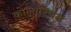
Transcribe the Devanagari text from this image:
कोलारियन